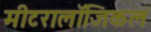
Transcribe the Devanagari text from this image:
मीटरालॉजिकल